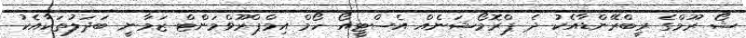
ޝޯ ރޫމްގެ ރީބްރޭންޑާއެކު ދެ ޕްރޮމޯޝަނެއް އެސްޓީއޯ ހޯމް އިމްޕްރޫވްމަންޓް ޒަމާނީ ބަދަލުތަކާއެކު